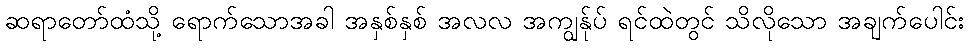
ဆရာတော်ထံသို့ ရောက်သောအခါ အနှစ်နှစ် အလလ အကျွန်ုပ် ရင်ထဲတွင် သိလိုသော အချက်ပေါင်း